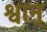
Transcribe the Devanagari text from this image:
श्वान्